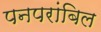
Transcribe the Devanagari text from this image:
पनपरांबिल